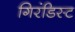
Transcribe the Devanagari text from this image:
गिरंडिस्ट